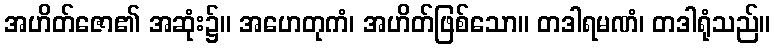
အဟိတ်ဇော၏ အဆုံး၌။ အဟေတုကံ၊ အဟိတ်ဖြစ်သော။ တဒါရမဏံ၊ တဒါရုံသည်။